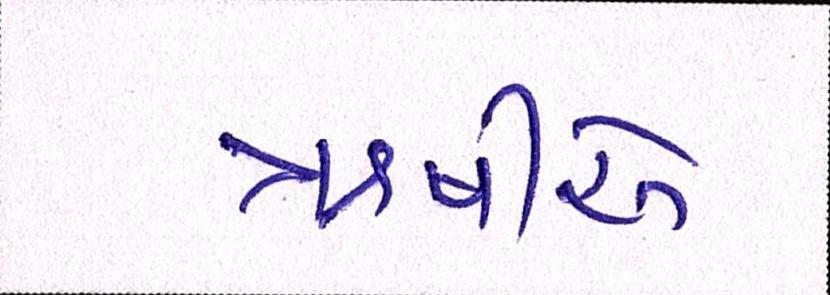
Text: ઋષીએ